Source: Handwritten
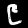
Digit: ၉ (9)